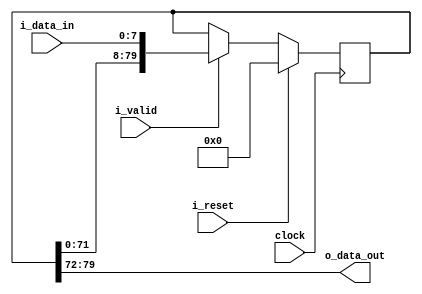
/*------------------------------------------------------------------------------
 -- Project     : CL40GC
 -------------------------------------------------------------------------------
 -- File        : common_fix_delay_line.v
 -- Author      : Ramiro R. Lopez
 -- Originator  : Clariphy Argentina S.A.
 -- Date        : 2010-Mar-27
 --
 -- Rev 0       : Initial release. RRL.
 -- Rev 1       : 20121107. Changed port declaration style.
 --
 -- $Id: common_fix_delay_line_w_valid.v 10220 2016-12-28 19:02:56Z rlopez $
 -------------------------------------------------------------------------------
 -- Description : .
 -------------------------------------------------------------------------------
 -- Copyright (C) 2009 ClariPhy Argentina S.A.  All rights reserved 
 ------------------------------------------------------------------------------*/

//`timescale  1ns/1ps

module common_fix_delay_line_w_valid
#(
    // PARAMETERS.
    parameter                               NB_DATA     = 8,
    parameter                               DELAY       = 10
)
(
    // OUTPUTS.
    output  wire    [NB_DATA-1:0]           o_data_out,

    // INPUTS.
    input   wire    [NB_DATA-1:0]           i_data_in,
    input   wire                            i_valid,
    input   wire                            i_reset,
    input   wire                            clock
);


    /*// BEGIN: Quick instance
    common_fix_delay_line_w_valid
    #(
        .NB_DATA        (  ),
        .DELAY          (  )
    )
    u_common_fix_delay_line_w_valid
    (
        .o_data_out     (  ),
        .i_data_in      (  ),
        .i_valid        (  ),
        .i_reset        (  ),
        .clock          (  )
    ) ;
    // END: Quick instance.*/



    // ALGORITHM BEGIN.


    generate
    //begin : gen_delay // Removed begin/end for synopsys...

        if ( DELAY <= 0 )
        begin : genif_0_delay

            assign  o_data_out  = i_data_in;

        end // genif_0_delay

        else if ( DELAY == 1 )
        begin : genif_1_delay

            reg             [NB_DATA-1:0]           delay_l;

            always @( posedge clock )
                if ( i_reset )
                    delay_l <= { NB_DATA {1'b0} };
                else if ( i_valid )
                    delay_l <= i_data_in;

            assign  o_data_out  = delay_l;

        end // genif_1_delay

        else if ( DELAY > 1 )
        begin : genif_no_01_delay

            reg             [DELAY*NB_DATA-1:0]     delay_l;

            always @( posedge clock )
                if ( i_reset )
                    delay_l <= { DELAY*NB_DATA {1'b0} };
                else if ( i_valid )
                    delay_l <= { delay_l[ DELAY*NB_DATA-1-NB_DATA : 0 ], i_data_in };

            assign  o_data_out  = delay_l[ DELAY*NB_DATA-1 -: NB_DATA ];

        end // genif_no_01_delay

    //end // gen_delay
    endgenerate


endmodule // common_fix_delay_line_w_valid